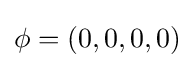
\phi =(0,0,0,0)